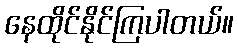
နေထိုင်နိုင်ကြပါတယ်။